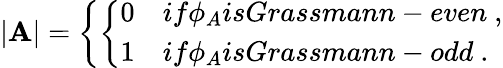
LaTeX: |\mathbf{A}|=\left\{ \left\{ \begin{array}{ll}{{0}}&{{if\phi_{A}isGrassmann-even\ ,}}\\ {{1}}&{{if\phi_{A}isGrassmann-odd\ .}}\end{array}\right.\right.